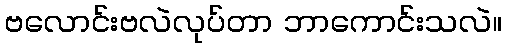
ဗလောင်းဗလဲလုပ်တာ ဘာကောင်းသလဲ။